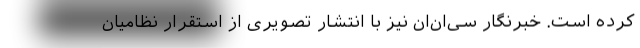
کرده است. خبرنگار سی‌ان‌ان نیز با انتشار تصویری از استقرار نظامیان